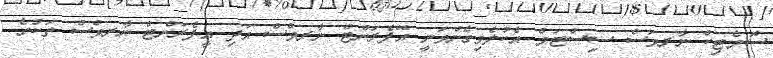
ސޮމެޓިކް ނާރވަސް ސިސްޓަމް އެކުލެވިގެންވަނީ އޭފެރަންޓް ނާރވްސް އަދި އީފެރަންޓް ނާރވްސް ތަކުގެ